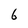
Character: 6